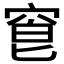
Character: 𥦒